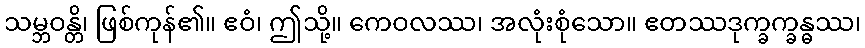
သမ္ဘဝန္တိ၊ ဖြစ်ကုန်၏။ ဧဝံ၊ ဤသို့။ ကေဝလဿ၊ အလုံးစုံသော။ ဧတဿဒုက္ခက္ခန္ဓဿ၊